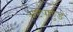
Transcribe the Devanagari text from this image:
अष्टपाहुड